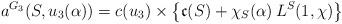
LaTeX: \begin{align*}a^{G_3}(S,u_3(\alpha))= c(u_3) \times \big\{ \mathfrak{c}(S)+\chi_S(\alpha)\, L^S(1,\chi) \big\}\end{align*}